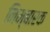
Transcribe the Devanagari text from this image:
निम्बारक